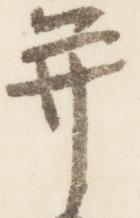
并